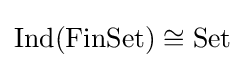
\operatorname {Ind} (\operatorname {FinSet} )\cong \operatorname {Set}